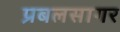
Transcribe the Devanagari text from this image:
प्रबलसागर